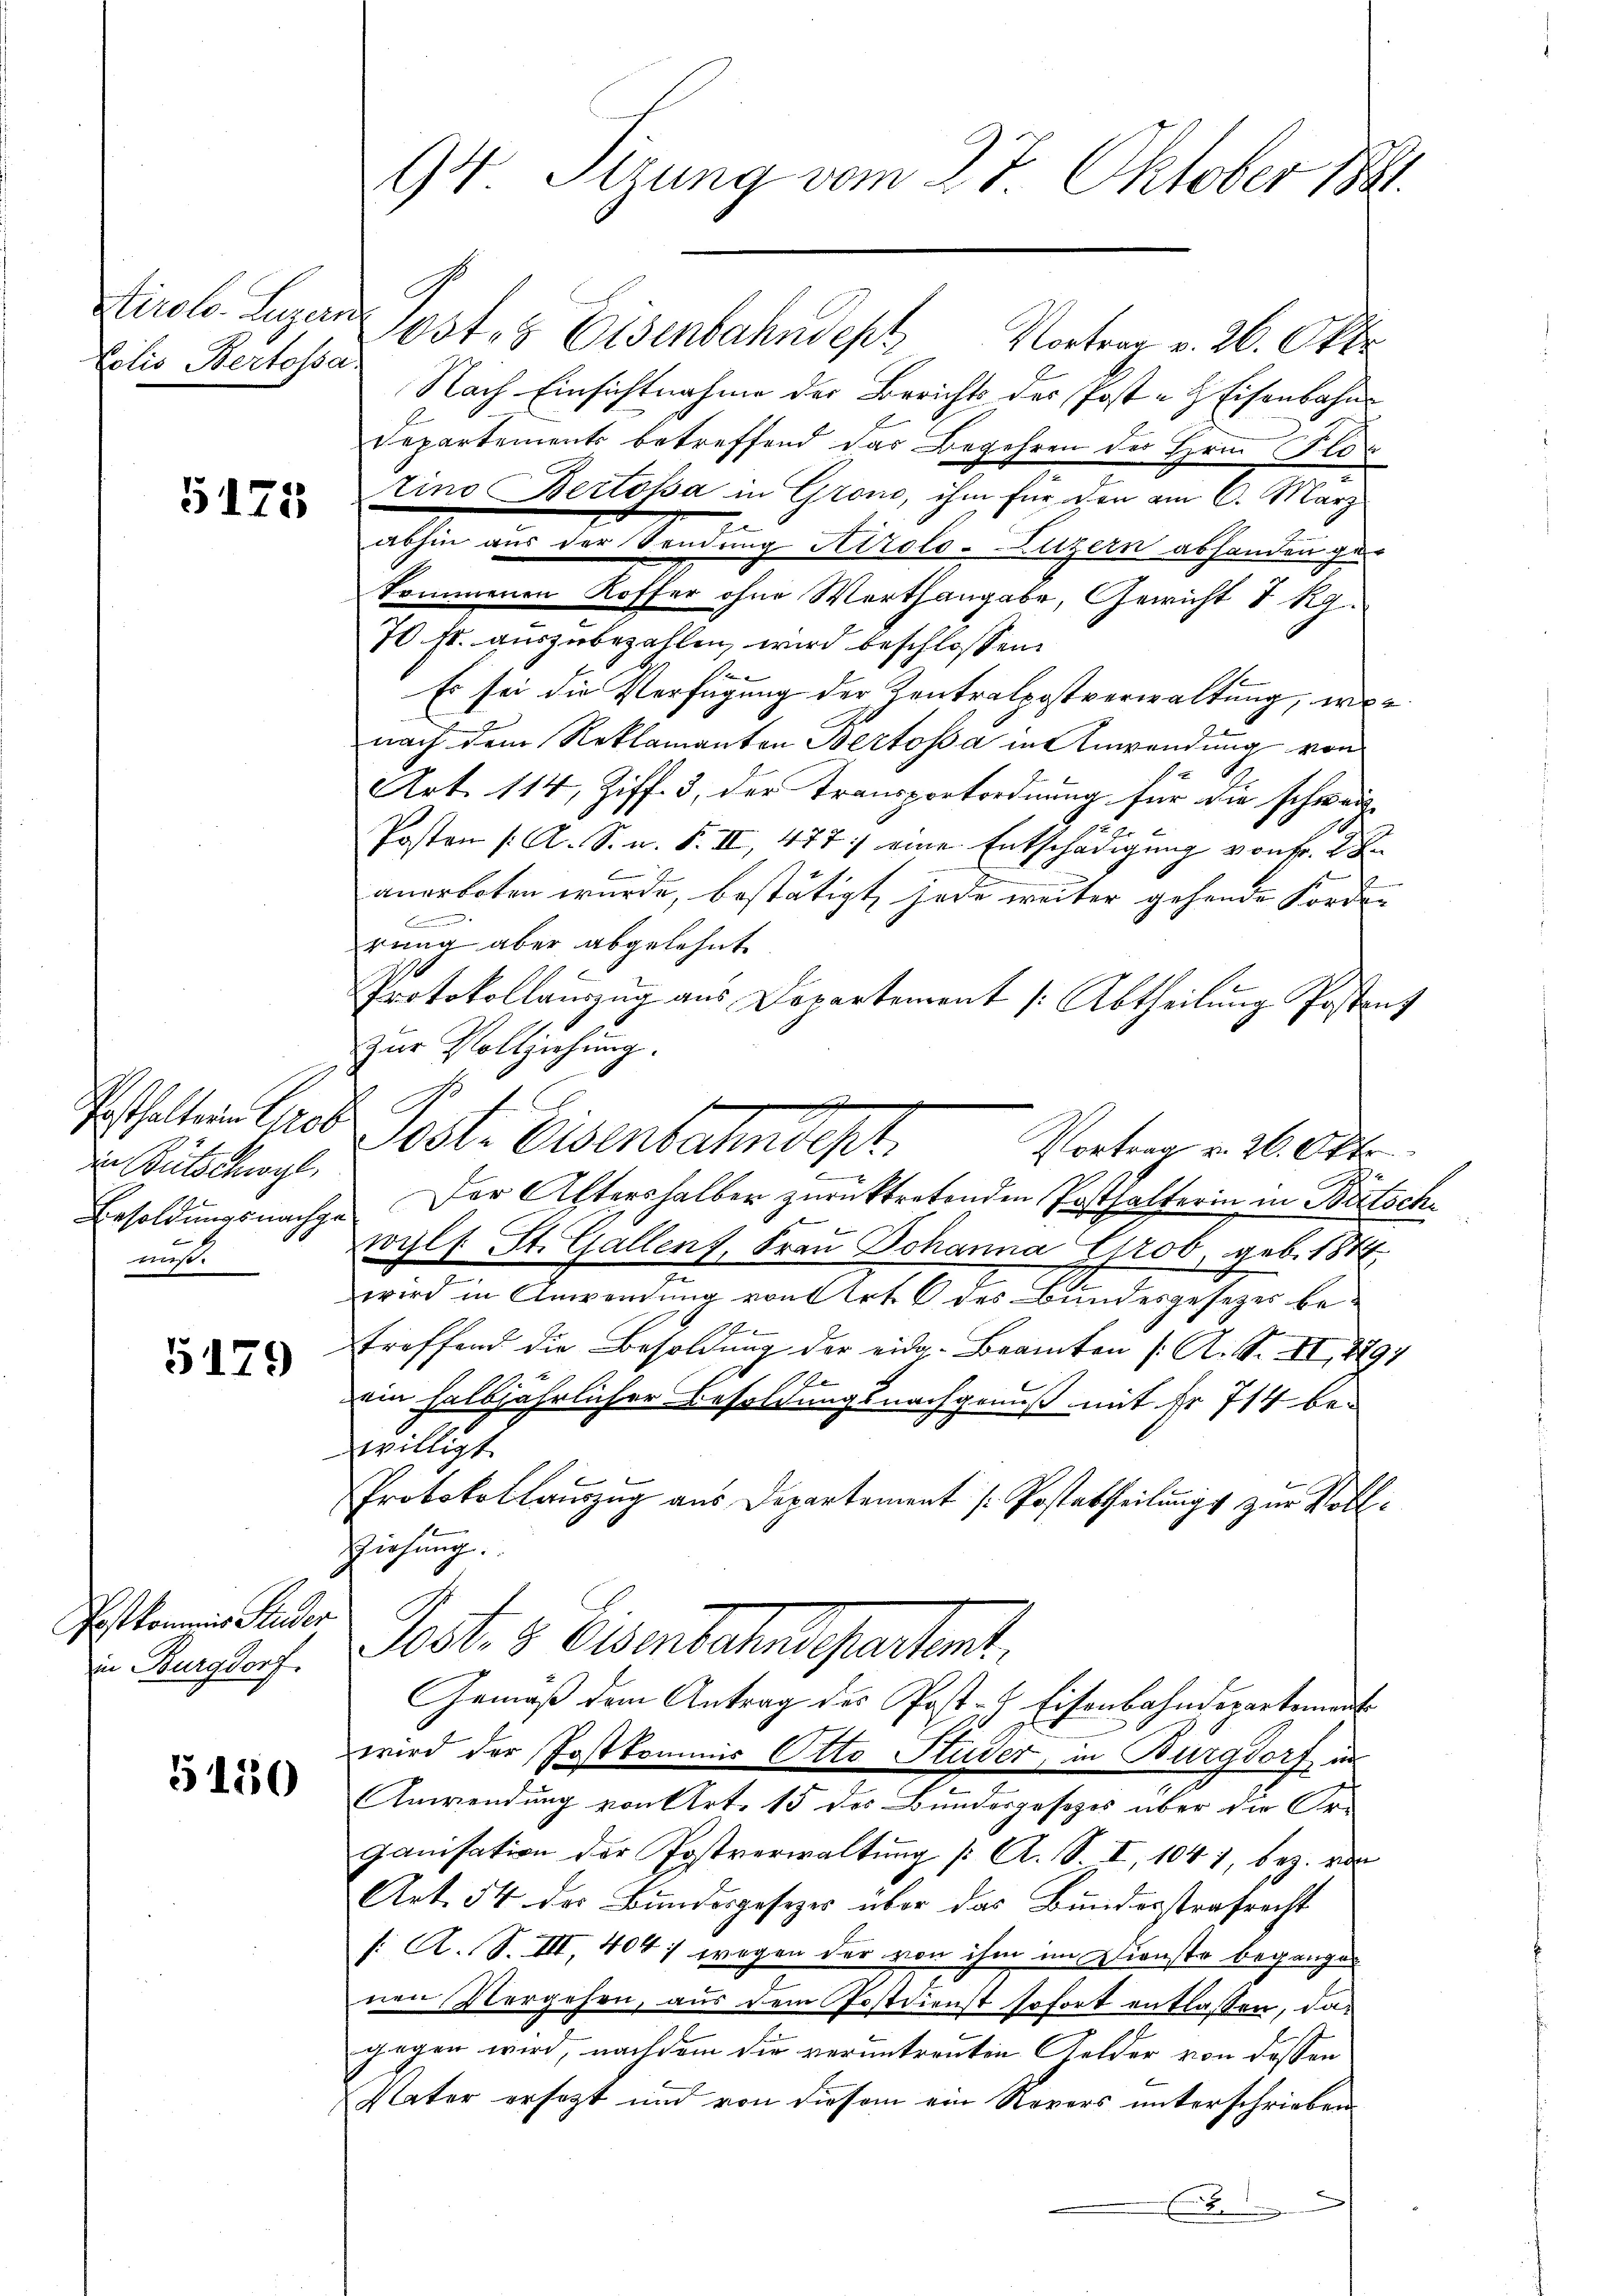
Stirole. Luzern
Colio Bertossa

5175

ien Bütschwyl,
werst

5179

Post kommnis Seider
in Burgdorf.

5150

94 Sizung vom 27. Oktober 1881.

Postes Eisenbahndept Vortrag v. 26. Okt.
Nach Einsichtnahme der Berichts des Post- & Eisenbahn
Departements betreffend das Begehren des Hrn. Pro
tino Bertosa in Grone, ihm für den am 6. März
also aus der Sendung Airole. Luzern absendungs
kommenen Koffer ohne Werthangabe, Gewicht I Rg.
70 st. auszubezahlen wird beschlossen:
J
kin
Es sei die Verfügung der Kontralpostverwaltung, wenach dem Reklamanten Bertosa in Anwendung von
Art. 114, Ziff. 3, der Transportordnung für die schweis-
e
Posten (: A. S. n. F. III, 477. eine Entschädigung von Fr. 2 de
anerboten wurde, bestätigt, jede weiter gehende Forden

rung aber abgelehnt.
Protokollauszug aus Dopartement /: Abtheilung Postanz
Zur Vollziehung.
E
Posthaltern Greb Jost. Eisenbanndept
Vortrag v. 26. Okto
Ersoldŭngsnachg. Der Altershalber zŭrücktretenden Posthalterin in Bertsch-
wyls St. Gallenz, Frau Johanna Grob, geb. 1874.
wird in Anwendung von Art. 6 des Bundesgesetzes bef
treffend die Besoldung der eidg. Beamten /: A. S. II, 1791
12
ein halbjährlicher Besoldungsnachgenuß mit Fr. 714 be-
willigt.
Protokollauszug aus Departement / Postattheilung zur Voll¬
Ziehung.
Jost v. Diesentates partant,
Gemäß dem Antrag des Post- & Eisenbahndepartement
wird der Postkommis Otto Studer, in Burgdorf in
Anwendung von Art. 15 des Bundergesezes über die Or-
ganisation der Postverwaltung [ A. S. I, 1041, bez. von
Art. 54 der Bundesgesetzes über das Bundesstrafrecht
f: A. S. III, 404. wegen der von ihm im Dienste begangen
nen Vergehen, aus dem Postdienst sofort entlassen, dagegen wird, nachdem die veruntreuten Gelder von dessen
Vater ersetzt und von diesem ein Revers unterschrieben
.

s